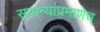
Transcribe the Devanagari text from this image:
सामन्यांप्रमाणेच